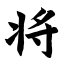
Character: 将